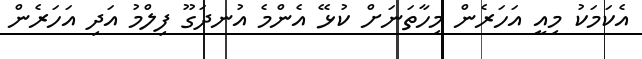
އެކަމަކު މިއީ އަހަރެން މިހާތަނަށް ކުޅޭ އެންމެ އުނދަގޫ ފިލްމު އަދި އަހަރެން